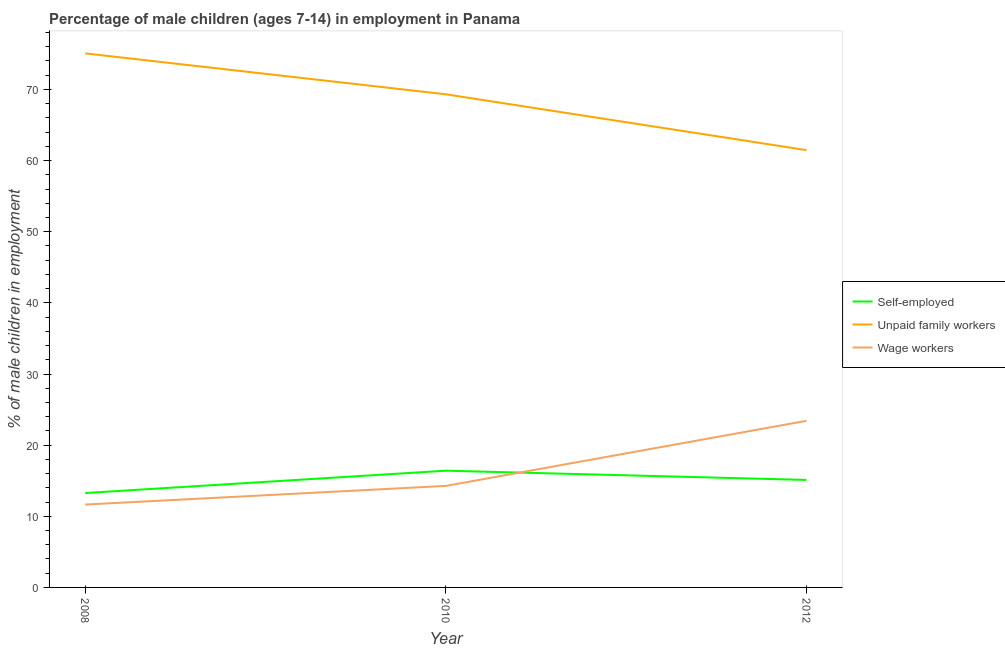
| Year | Self-employed | Unpaid family workers | Wage workers |
 | --- | --- | --- | --- |
 | 2008 | 13.3 | 75.1 | 11.7 |
 | 2010 | 16.4 | 69.3 | 14.3 |
 | 2012 | 15.1 | 61.5 | 23.4 |